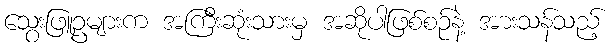
သွေးဖြူဥများက အကြီးဆုံးသားမှ အဆိုပါဖြစ်စဉ်နဲ့ အားသန်သည့်